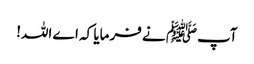
آپﷺ نے فرمایا کہ اے اللہ!